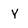
Character: Y